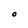
Character: O